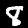
Digit: 8